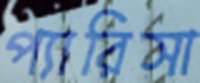
প্যারিসা